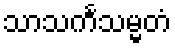
သာသင်္ကသမ္မတံ